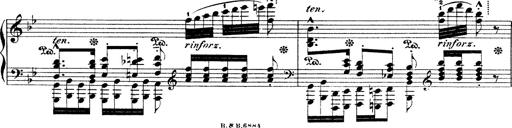
Title: Illustrations de l'opÃ©ra L'Africaine
Composer: Franz Liszt